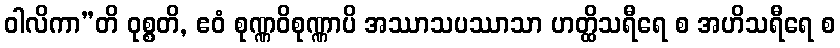
ဝါလိကာ”တိ ဝုစ္စတိ, ဧဝံ စုဏ္ဏဝိစုဏ္ဏာပိ အဿာသပဿာသာ ဟတ္ထိသရီရေ စ အဟိသရီရေ စ